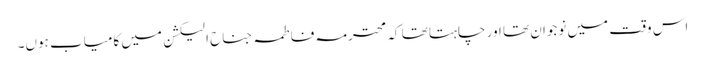
اس وقت میں نوجوان تھا اور چاہتا تھا کہ محترمہ فاطمہ جناح الیکشن میں کامیاب ہوں۔